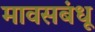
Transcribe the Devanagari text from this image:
मावसबंधू